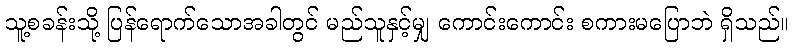
သူ့စခန်းသို့ ပြန်ရောက်သောအခါတွင် မည်သူနှင့်မျှ ကောင်းကောင်း စကားမပြောဘဲ ရှိသည်။